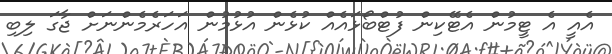
އެއީ އެ ޓީމުން އެޓޭކިން ފުޓްބޯޅައެއް ކުޅެން އުޅުމުން އަހަރެމެންނަށް ޖާގަ ލިބި